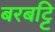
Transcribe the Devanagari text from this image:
बरबट्टि